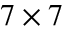
7 \times 7